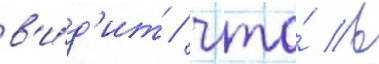
в'и́д'ит / что́ в